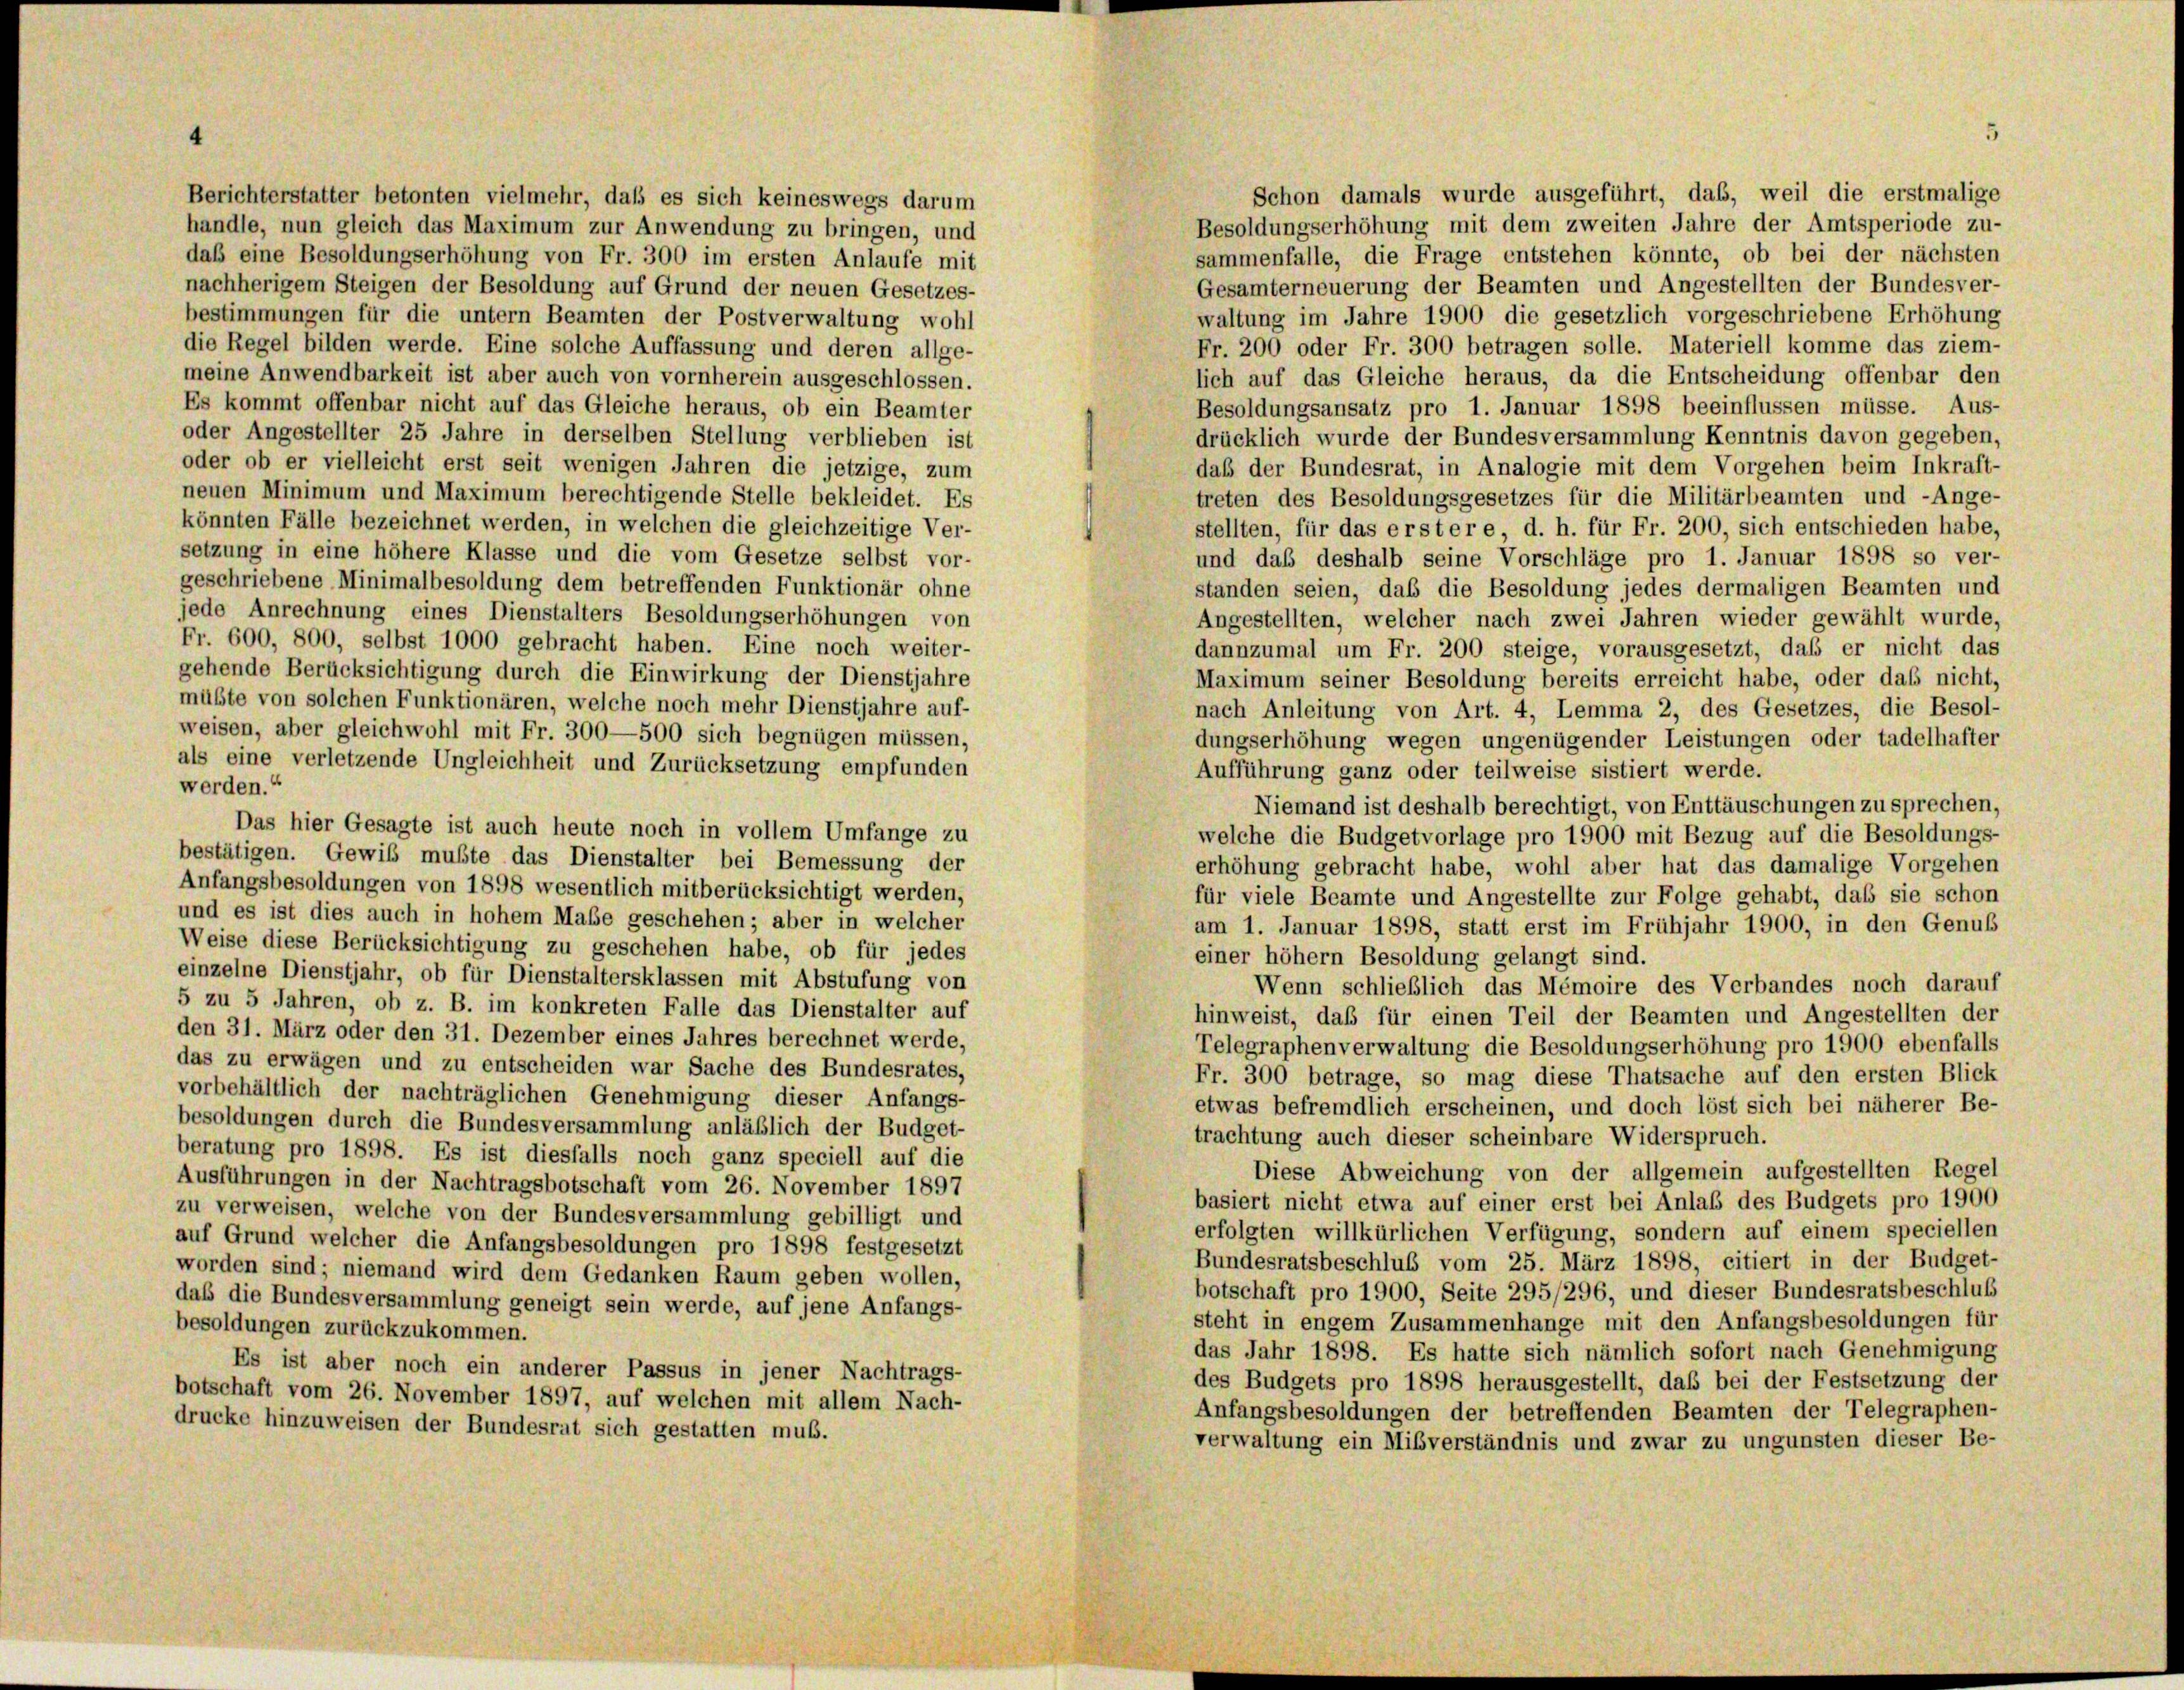
Schon damals wurde ausgeführt, daß, weil die erstmalige
Berichterstatter betonten vielmehr, daß es sich keineswegs darum
Besoldungserhöhung mit dem zweiten Jahre der Amtsperiode zu-
handle, nun gleich das Maximum zur Anwendung zu bringen, und
sammenfalle, die Frage entstehen könnte, ob bei der nächsten
daß eine Besoldungserhöhung von Fr. 300 im ersten Anlaufe mit
Gesamterneuerung der Beamten und Angestellten der Bundesver-
nachherigem Steigen der Besoldung auf Grund der neuen Gesetzes-
waltung im Jahre 1900 die gesetzlich vorgeschriebene Erhöhung
bestimmungen für die untern Beamten der Postverwaltung wohl
die Regel bilden werde. Eine solche Auffassung und deren allge-
Fr. 200 oder Fr. 300 betragen solle. Materiell komme das ziem-
meine Anwendbarkeit ist aber auch von vornherein ausgeschlossen.
lich auf das Gleiche heraus, da die Entscheidung offenbar den
Es kommt offenbar nicht auf das Gleiche heraus, ob ein Beamter
Besoldungsansatz pro 1. Januar 1898 beeinflussen müsse. Aus-
oder Angestellter 25 Jahre in derselben Stellung verblieben ist
drücklich wurde der Bundesversammlung Kenntnis davon gegeben,
oder ob er vielleicht erst seit wenigen Jahren die jetzige, zum
daß der Bundesrat, in Analogie mit dem Vorgehen beim Inkraft-
neuen Minimum und Maximum berechtigende Stelle bekleidet. Es
treten des Besoldungsgesetzes für die Militärbeamten und -Ange-
könnten Fälle bezeichnet werden, in welchen die gleichzeitige Ver-
stellten, für das erstere d. h. für Fr. 200, sich entschieden habe,
setzung in eine höhere Klasse und die vom Gesetze selbst vor-
und daß deshalb seine Vorschläge pro 1. Januar 1898 so ver-
geschriebene Minimalbesoldung dem betreffenden Funktionär ohne
standen seien, daß die Besoldung jedes dermaligen Beamten und
jede Anrechnung eines Dienstalters Besoldungserhöhungen von
Angestellten, welcher nach zwei Jahren wieder gewählt wurde,
Fr. 600, 800, selbst 1000 gebracht haben. Eine noch weiter-
dannzumal um Fr. 200 steige, vorausgesetzt, daß er nicht das
gehende Berücksichtigung durch die Einwirkung der Dienstjahre
Maximum seiner Besoldung bereits erreicht habe, oder das nicht,
müßte von solchen Funktionären, welche noch mehr Dienstjahre auf-
nach Anleitung von Art. 4, Lemma 2, des Gesetzes, die Besol-
weisen, aber gleichwohl mit Fr. 300—500 sich begnügen müssen,
dungserhöhung wegen ungenügender Leistungen oder tadelhafter
als eine verletzende Ungleichheit und Zurücksetzung empfunden
Aufführung ganz oder teilweise sistiert werde.
werden.“
Niemand ist deshalb berechtigt, von Enttäuschungen zu sprechen,
Das hier Gesagte ist auch heute noch in vollem Umfange zu
welche die Budgetvorlage pro 1900 mit Bezug auf die Besoldungs-
bestätigen. Gewiß mußte das Dienstalter bei Bemessung der
erhöhung gebracht habe, wohl aber hat das damalige Vorgehen
Anfangsbesoldungen von 1898 wesentlich mitberücksichtigt werden,
für viele Beamte und Angestellte zur Folge gehabt, daß sie schon
und es ist dies auch in hohem Maße geschehen; aber in welcher
am 1. Januar 1898, statt erst im Frühjahr 1900, in den Genuß
Weise diese Berücksichtigung zu geschehen habe, ob für jedes
einer höhem Besoldung gelangt sind.
einzelne Dienstjahr, ob für Dienstaltersklassen mit Abstufung von
Wenn schließlich das Mémoire des Verbandes noch darauf
5 zu 5 Jahren, ob z. B. im konkreten Falle das Dienstalter auf
hinweist, daß für einen Teil der Beamten und Angestellten der
den 31. März oder den 31. Dezember eines Jahres berechnet werde,
Telegraphenverwaltung die Besoldungserhöhung pro 1900 ebenfalls
das zu erwägen und zu entscheiden war Sache des Bundesrates,
Fr. 300 betrage, so mag diese Thatsache auf den ersten Blick
vorbehältlich der nachträglichen Genehmigung dieser Anfangs-
etwas befremdlich erscheinen, und doch löst sich bei näherer Be-
besoldungen durch die Bundesversammlung anläßlich der Budget-
trachtung auch dieser scheinbare Widerspruch.
beratung pro 1898. Es ist diesfalls noch ganz speciell auf die
Diese Abweichung von der allgemein aufgestellten Regel
Ausführungen in der Nachtragsbotschaft vom 26. November 1897
basiert nicht etwa auf einer erst bei Anlaß des Budgets pro 1900
zu verweisen, welche von der Bundesversammlung gebilligt und
erfolgten willkürlichen Verfügung, sondern auf einem speciellen
auf Grund welcher die Anfangsbesoldungen pro 1898 festgesetzt
Bundesratsbeschluß vom 25. März 1898, citiert in der Budget-
worden sind; niemand wird dem Gedanken Raum geben wollen,
botschaft pro 1900, Seite 295/296, und dieser Bundesratsbeschluß
daß die Bundesversammlung geneigt sein werde, auf jene Anfangs-
steht in engem Zusammenhänge mit den Anfangsbesoldungen für
besoldungen zurückzukommen.
das Jahr 1898. Es hatte sich nämlich sofort nach Genehmigung
Es ist aber noch ein anderer Passus in jener Nachtrags-
des Budgets pro 1898 herausgestellt, daß bei der Festsetzung der
botschaft vom 26. November 1897, auf welchen mit allem Nach-
Anfangsbesoldungen der betreffenden Beamten der Telegraphen-
drucke hinzuweisen der Bundesrat sich gestatten muß.
verwaltung ein Mißverständnis und zwar zu ungunsten dieser Be-